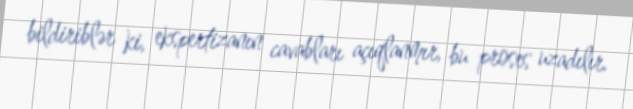
bildiriblər ki, ekspertizanın cavabları açıqlanmır, bu proses uzadılır.